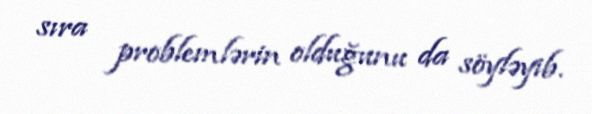
sıra problemlərin olduğunu da söyləyib.